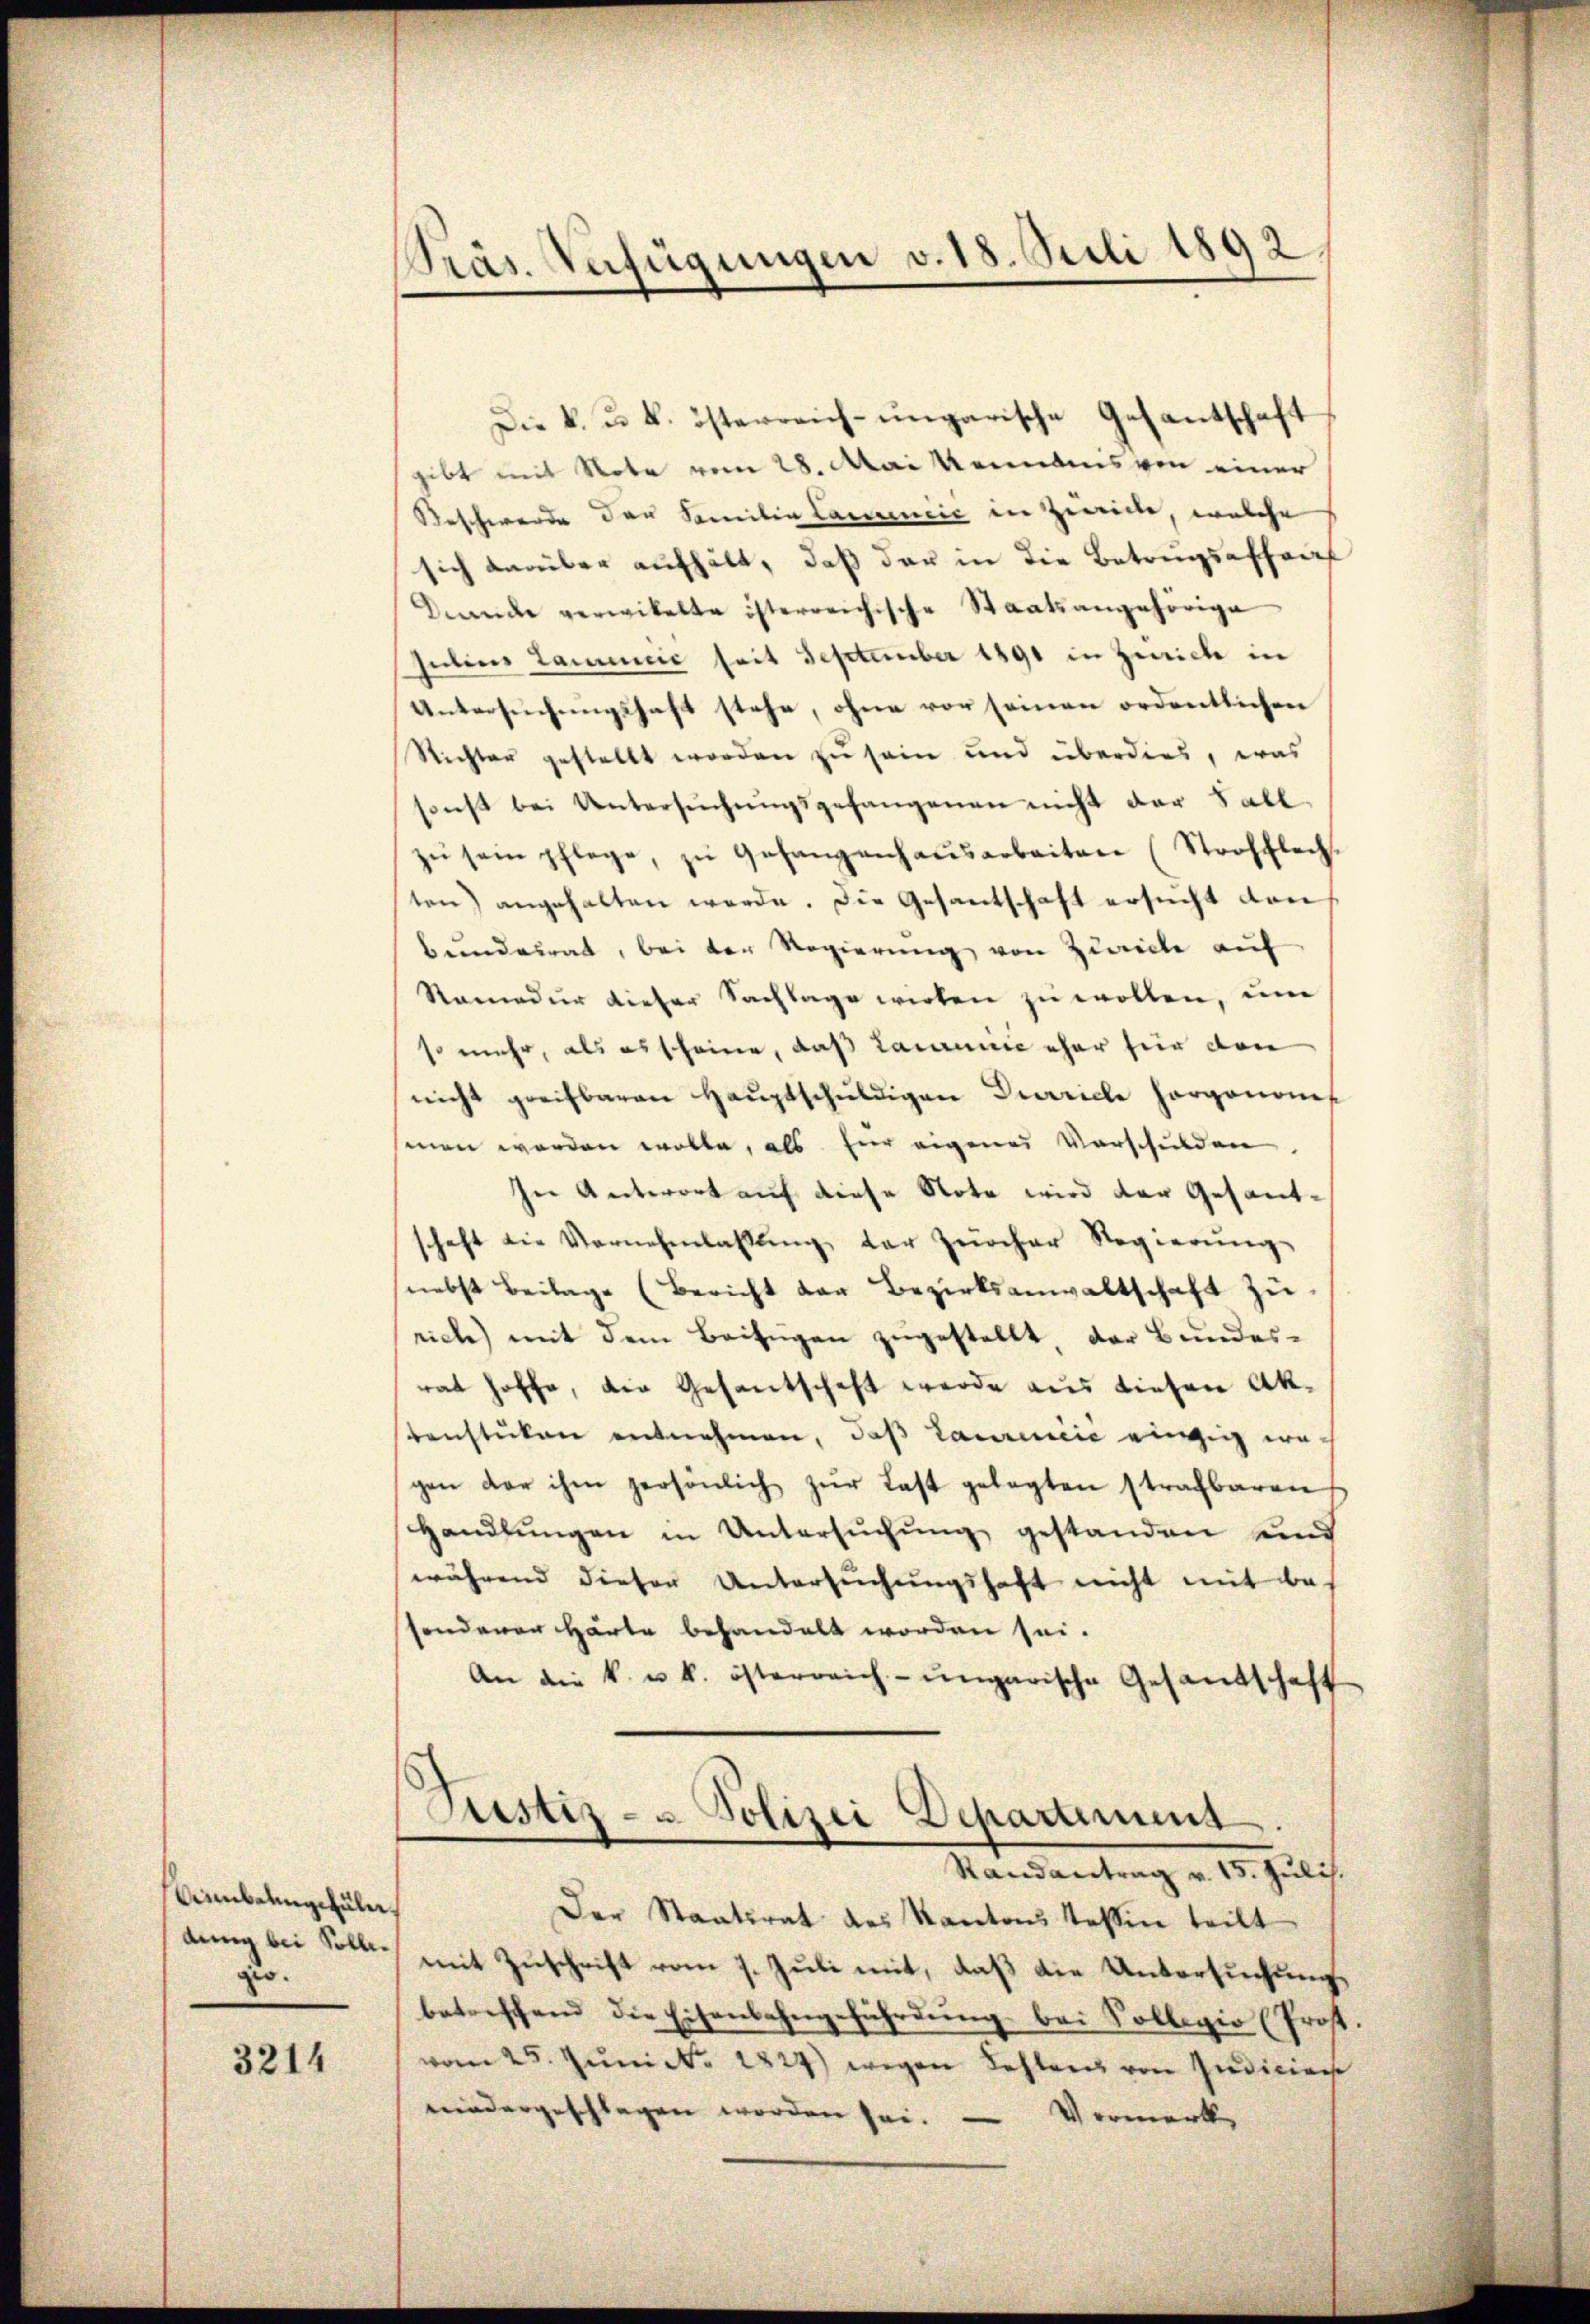
Aibelgehüler,
dung bei Sollegio.

3214

Präs. Verfügungen v. 18. Juli 1892.

Die k. u. k. österreich-ungarische Gesantschaft
gibt mit Note vom 28. Mai Kenntens von einer
Beschwerde der Familie Cancencić in Zwicke, welche
sich darüber aufhält, daß der in die Betrugsaffraf
Dernde verwikelte österreichische Staatsangehörige
Julius tamenić seit September 1891 in Zürich in
Untersuchungshaft stehe, ohne vor seinen ordentlichen
Richter gestellt worden zu sein und überdies, was
sonst bei Untersŭchŭngsgefangenen nicht der Fall.
zŭ sein pflege, zu Gefangenhausarbeiten (Strafflech.
ten) angehalten werde. Die Gesantschaft ersucht den
Bundesrat, bei der Regierung von Zwecke auf
Remedur dieser Sachlage wirken zu wollen, um
so mehr, als es scheine, daß Lamminie eher für den
nicht greifbaren Hauptschuldigen Diricle Horgenomet
smen worden wolle, als für eigenes Vorschulden
In Antwort auf diese Note wird der Gesandschaft die Vernehmlassŭng der zürcher Regierŭng
(nebst Beilage (Bericht der Bezirksanwaltschaft zu
rich) mit dem Beifügen zugestellt der Bundesrat hoffe, die Gesantschaft werde aus diesen Aktenstücken entnehmen, daß Laurinić einzig wegen der ihm persönlich zŭr Last gelegten strafbaren
Handlŭngen in Untersŭchŭng gestanden und
während dieser Untersuchungshaft nicht mit be-
sonderer Härte behandelt worden sei.
An die k. u. k. österreich-ungarische Gesandschaft
Justiz- u Polizei Departimes
Randantrag v. 15. Juli.
Der Staatsrat des Kantons Tessin teilt
mit Zuschrift vom 7. Juli mit, daß die Untersuchungs
betreffend die Eisenbahngeführdung bei Sollegio (Pro.
vom 25. Jŭnict. 1827) wegen Festenz von Indicien
niedergeschlagen worden sei. — Vormerk